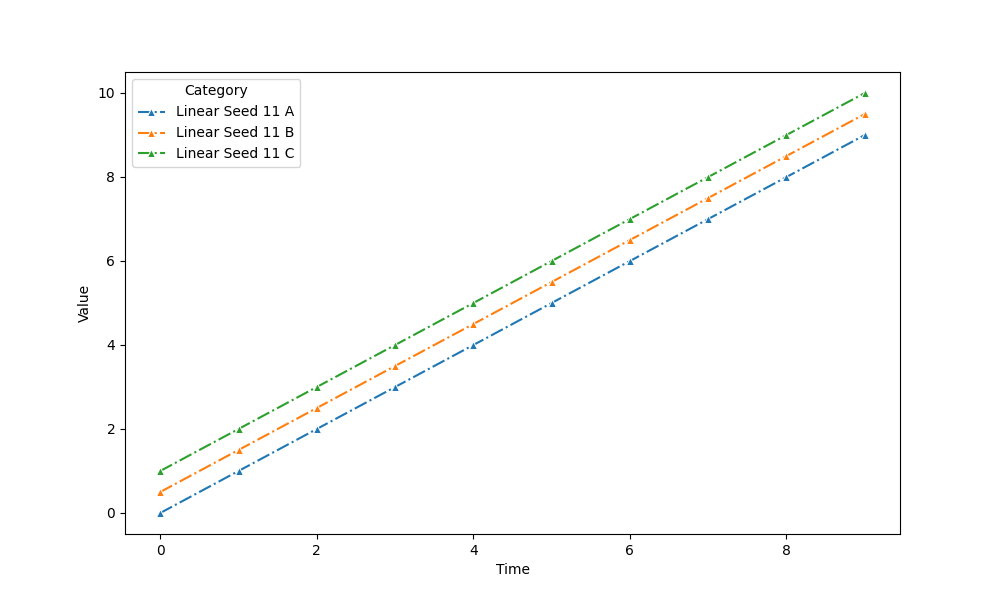
python, seaborn, lineplot, style='dashdot', marker='^'